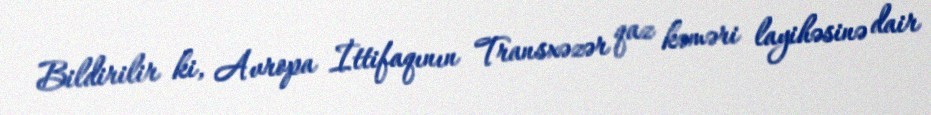
Bildirilir ki, Avropa İttifaqının Transxəzər qaz kəməri layihəsinə dair